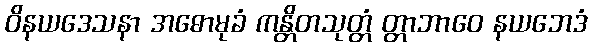
ဝိနယဒေသနာ အဓောမုခံ ကန္တိတသုတ္တံ တ္တာဘာဝေ နယဘေဒံ